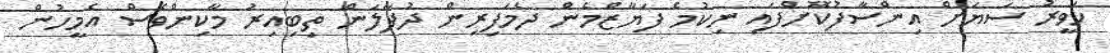
ހަވީރު ސަޔަށް އިންސާފުކޮށްފައި ނިކުމެ ފަޔާޒްމެން ދެމަފިރިން ދުފާލަން ތިބިއިރު މާކިންވެސް އެމީހުން